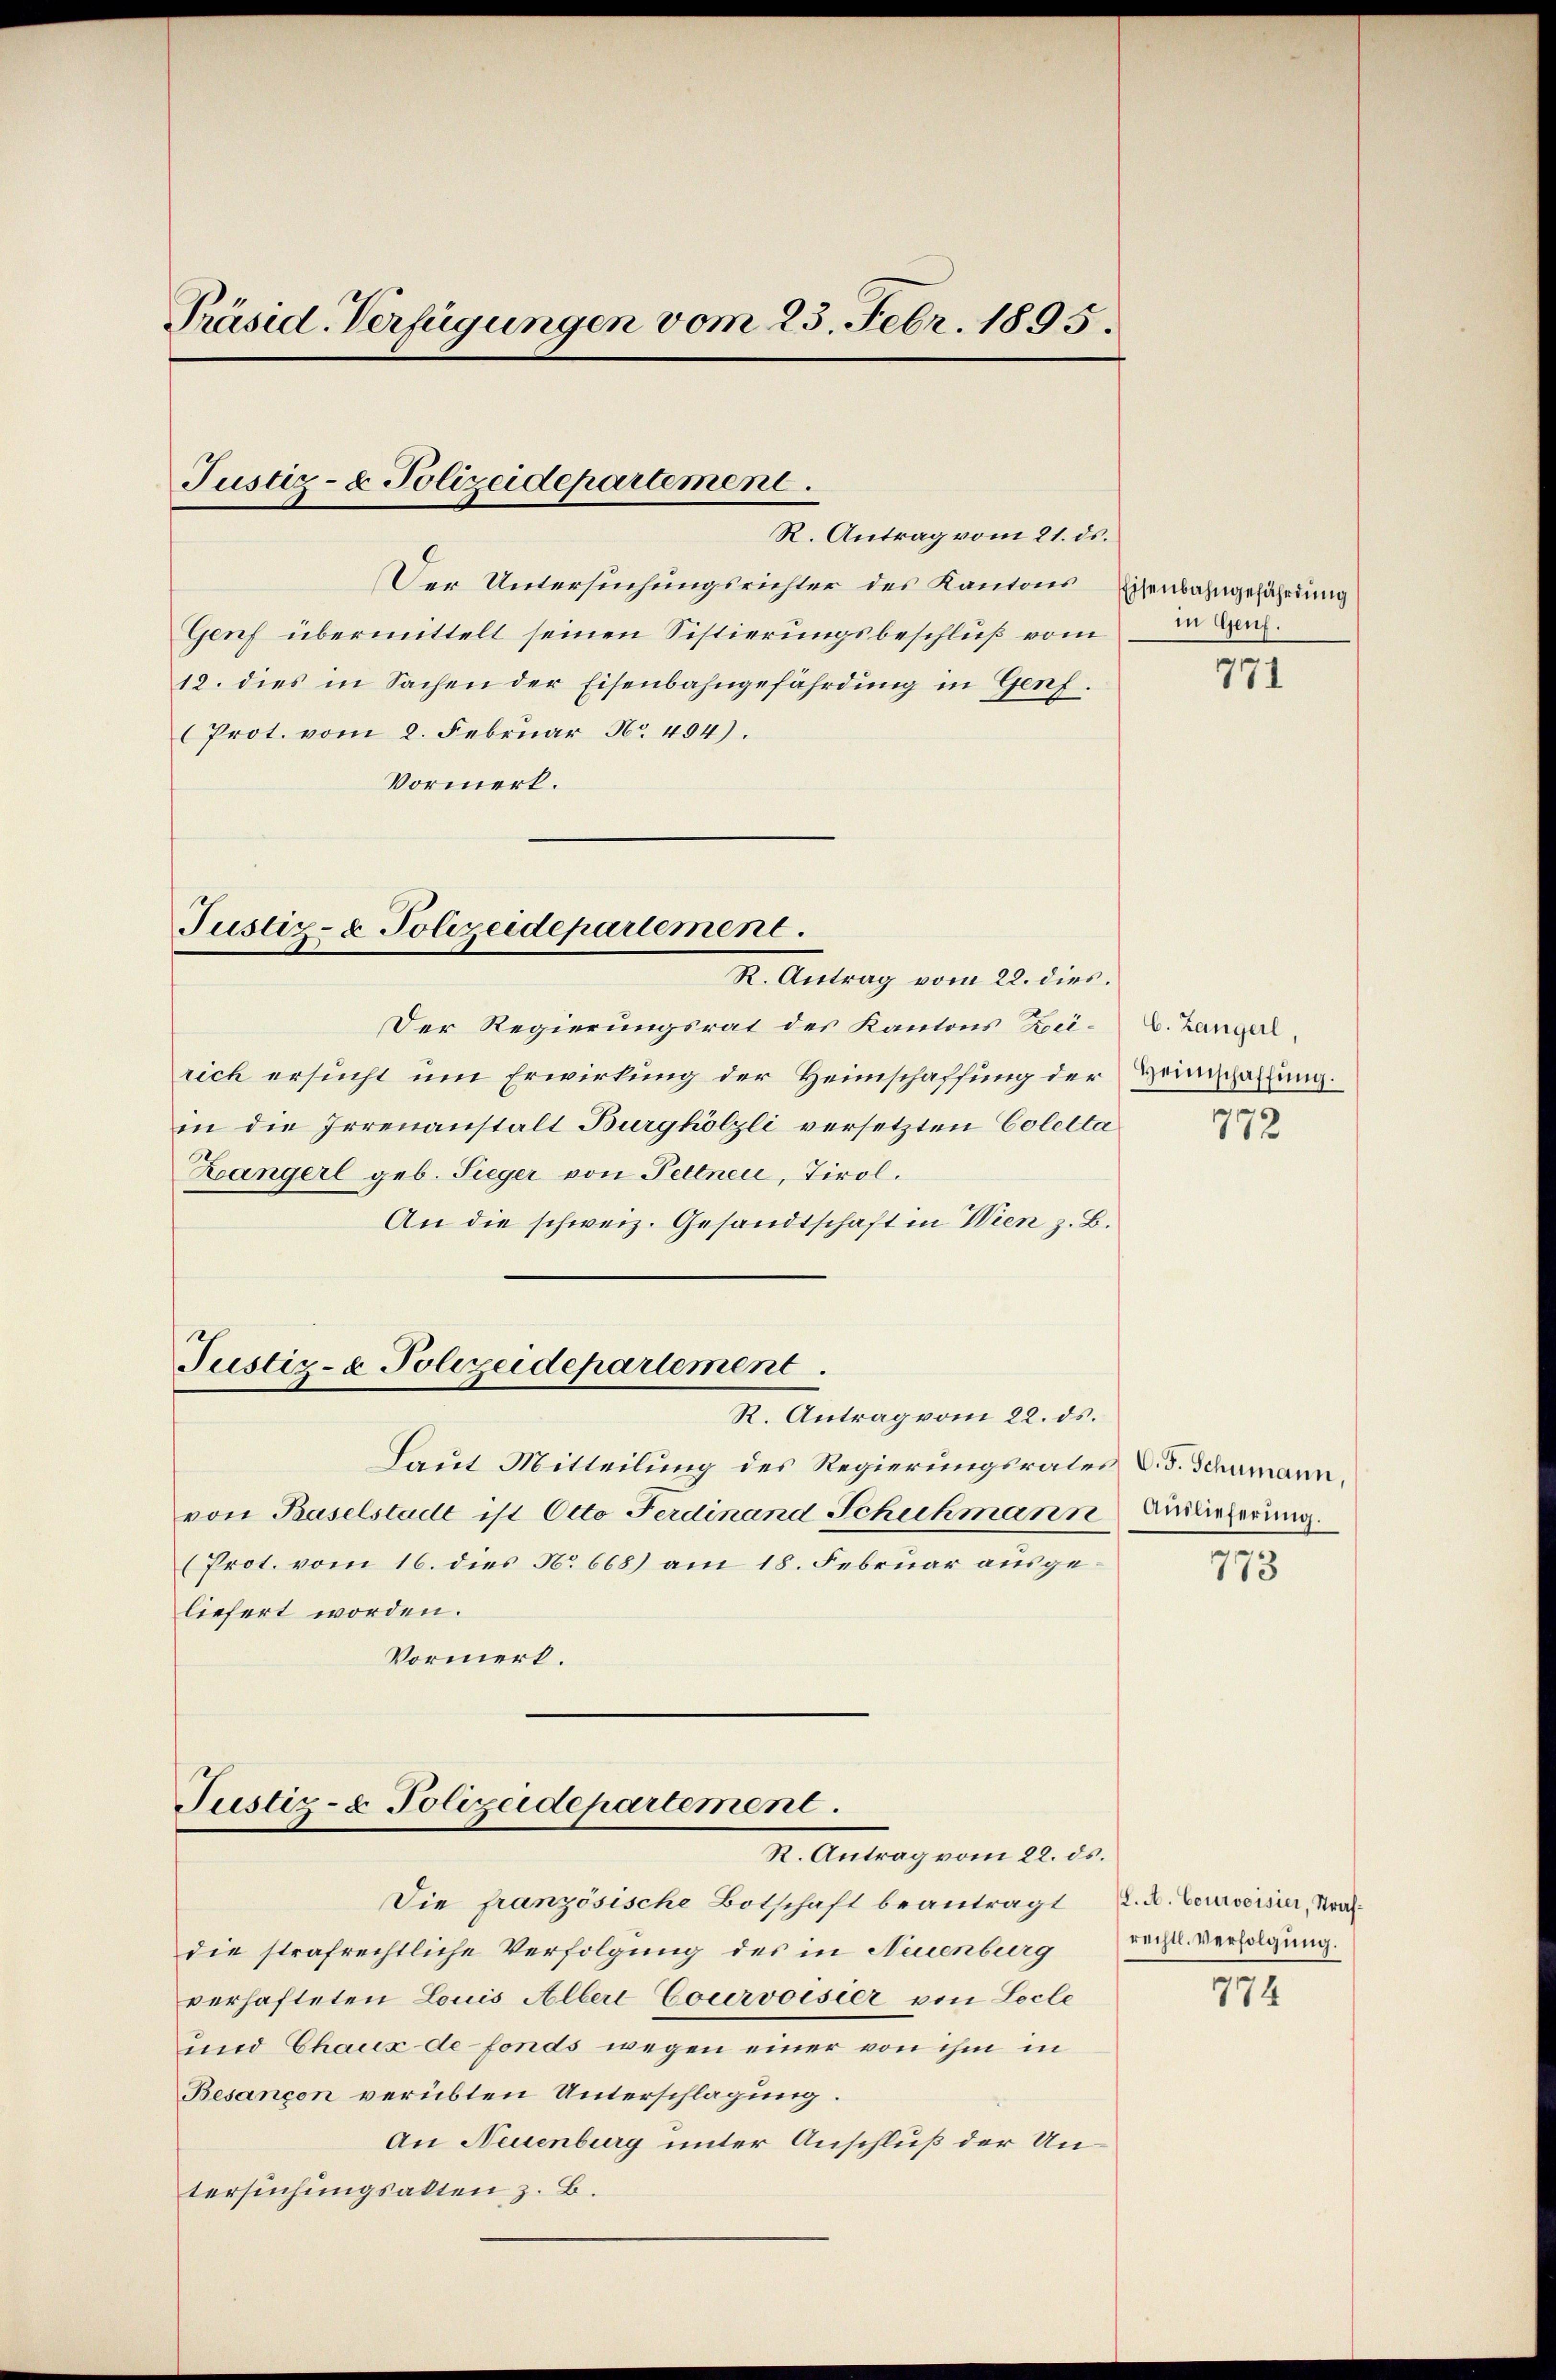
Präsid. Verfügungen vom 23. Febr. 1895.
Justiz- & Polizeidepartement.
R. Antrag vom 21. ds.
Der Untersuchungsrichter des Kantons Eisenbahngefährdung
Genf übermittelt seinen Sistierungsbeschluß vom
12. dies in Sachen der Eisenbahngefährdung in Genf.

(Prot. vom 2. Februar No 404).
Vormerk.

Justiz- & Polizeidepartement.
R. Antrag vom 22. dies.

Justiz- & Polizeidepartement.
R. Antrag vom 22. ds.

Der Regierungsrat des Kantons Zei-
rich ersucht um Erwirkung der Heimschaffung der Heinschaffung.
in die Irrenanstalt Burghölzli versetzten Colelta
Zängerl geb. Sieger von Pettner, Tirol.
An die schweiz. Gesandtschaft in Wien z. B.
Justiz- & Polizeidepartement
R. Antrag vom 22. ds.
Laut Mitteilung des Regierungsraten d. d. Schumann,
von Baselstadt ist Otto Ferdinand Schichmann Audieferung
(Prot. vom 16. dies No 668) am 18. Februar ausgeliefert worden.
Vormerk.

Die französische Botschaft beantragt
die strafrechtliche Verfolgung des in Neuenburg
verhafteten Louis Alber Courvoisier von Locle
und Chaux de fonds wegen einer von ihm in
Besançon verübten Unterschlagung.
An Neuenburg unter Anschluß der Untersuchungsakten z. B.

in Genf.

771.

C. Langerl,

772

773

L. A. Courvoisier, Strafrechtl. Verfolgung.

774